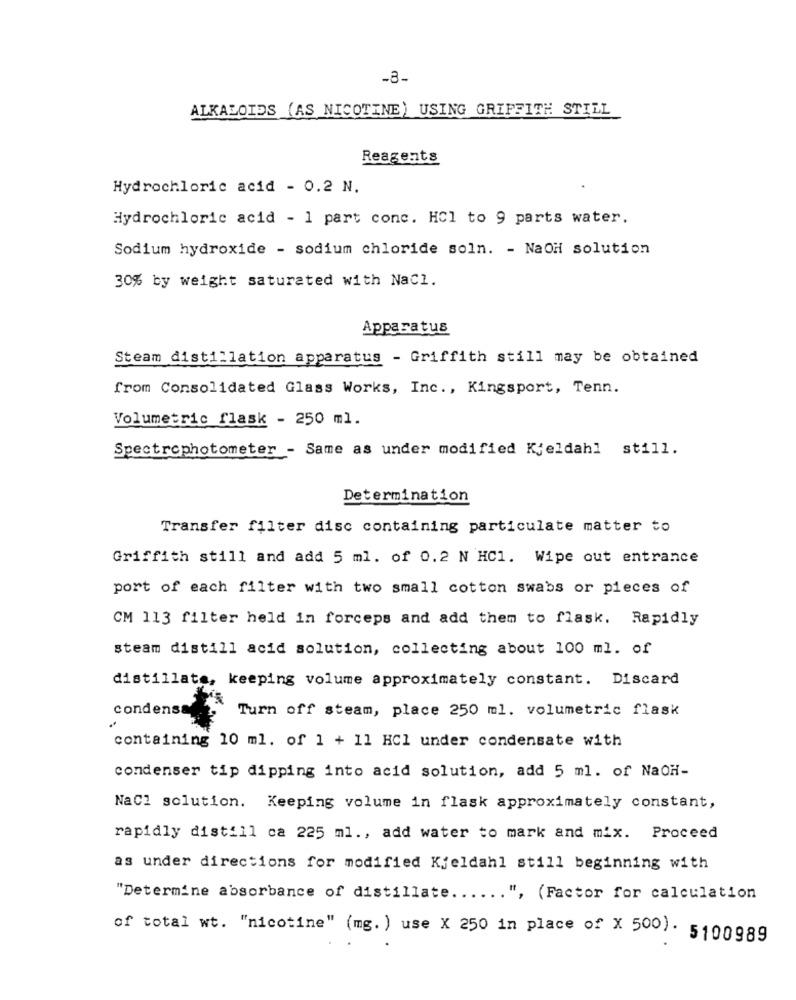
-8-
ALKALOIDS (AS NICOTINE) USING GRIFFITH STILL
Reagents
Hydrochloric acid - 0.2 N.
Hydrochloric acid - 1 part conc. HCl to 9 parts water.
Sodium hydroxide - sodium chloride soln. - NaOH solution
30% by weight saturated with Nacl.
Apparatus
Steam distillation apparatus - Griffith still may be obtained
from Consolidated Glass Works, Inc ., Kingsport, Tenn.
Volumetric flask - 250 ml.
Spectrophotometer - Same as under modified Kjeldahl still.
Determination
Transfer filter disc containing particulate matter to
Griffith still and add 5 ml. of 0.2 N HC1. Wipe out entrance
port of each filter with two small cotton swabs or pieces of
CM 113 filter held in forceps and add them to flask. Rapidly
steam distill acid solution, collecting about 100 ml. of
distillate, keeping volume approximately constant. Discard
condensa
Turn off steam, place 250 ml. volumetric flask
containing 10 ml. of 1 + 11 HCl under condensate with
condenser tip dipping into acid solution, add 5 ml. of NaOH-
NaCl solution. Keeping volume in flask approximately constant,
rapidly distill ca 225 ml ., add water to mark and mix. Proceed
as under directions for modified Kjeldahl still beginning with
"Determine absorbance of distillate ...... ", (Factor for calculation
of total wt. "nicotine" (mg. ) use X 250 in place of X 500) . 5100989